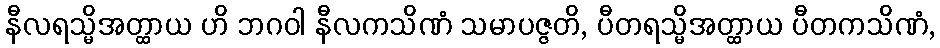
နီလရသ္မိအတ္ထာယ ဟိ ဘဂဝါ နီလကသိဏံ သမာပဇ္ဇတိ, ပီတရသ္မိအတ္ထာယ ပီတကသိဏံ,